Vaccination in Burma 1920-1933 - 1920-1933
Year: 1920
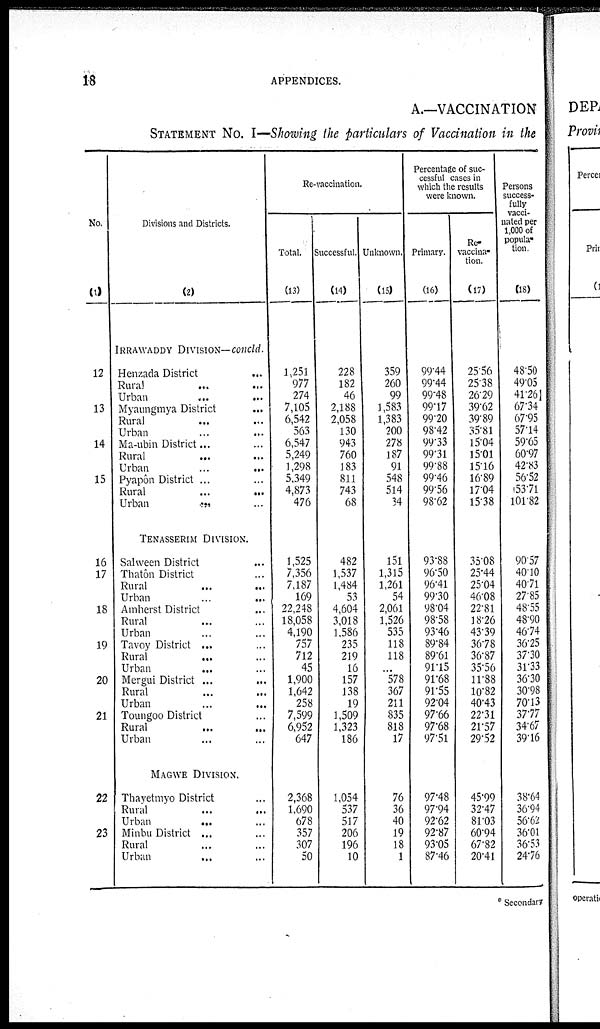
18
APPENDICES.
A.—VACCINATION
STATEMENT No. I—Showing the particulars of Vaccination in the
No.
(1)
12
13
14
15
16
17
18
19
20
21
22
23
Divisions and Districts.
(2)
IRRAWADDY DIVISION— Concld.
Henzada District
...
Rural... ...
Urban... ...
Myaungmya District
...
Rural... ...
Urban...
...
Ma-ubin District ...
Rural... ...
Urban...
...
Pyapôn District ...
Rural... ...
Urban ... ...
TENASSERIM DIVISION.
Salween District ...
Thatôn District ...
Rural... ...
Urban...
...
Amherst District... ...
Rural... ...
Urban... ...
Tavoy District ...
Rural...
...
Urban
...
...
Mergui District ...
...
Rural... ...
Urban...
...
Toungoo District ...
Rural... ...
Urban... ...
MAGWE DIVISION.
Thavetmyo District ...
Rural... ...
Urban ... ...
Minbu District... ... ...
Rural... ...
Urban...
...
Re-vaccination.
Total.
(13)
1,251
977
274
7,105
6,542
563
6,547
5,249
1,298
5,349
4,873
476
1,525
7,356
7,187
169
22,248
18,058
4,190
757
712
45
1,900
1,642
258
7,599
6,952
647
2,368
1,690
678
357
307
50
Successful.
(14)
228
182
46
2,188
2,058
130
943
760
183
811
743
68
482
1,537
1,484
53
4,604
3,018
1,586
235
219
16
157
138
19
1,509
1,323
186
1,054
537
517
206
196
10
Unknown.
(15)
359
260
99
1,583
1,383
200
278
187
91
548
514
34
151
1,315
1,261
54
2,061
1,526
535
118
118
...
578
367
211
835
818
17
76
36
40
19
18
1
Percentage of suc-
cessful cases in
which the results
were known.
Primary.
(16)
99.44
99.44
99.48
99.17
99.20
98.42
99.33
99.31
99.88
99.46
99.56
98.62
93.88
96.50
96.41
99.30
98.04
98.58
93.46
89.84
89.61
91.15
91.68
91.55
92.04
97.66
97.68
97.51
97.48
97.94
92.62
92.87
93.05
87.46
Re-
vaccina-
tion.
(17)
25.56
25.38
26.29
39.62
39.89
35.81
15.04
15.01
15.16
16.89
17.04
15.38
35.08
25.44
25.04
46.08
22.81
18.26
43.39
36.78
36.87
35.56
11.88
10.82
40.43
22.31
21.57
29.52
45.99
32.47
81.03
60.94
67.82
20.41
Persons
success-
fully
vacci-
nated per
1,000 of
popula-
tion.
(18)
48.50
49.05
41.26
67.34
67.95
57.14
59.65
60.97
42.83
56.52
53.71
101.82
90.57
40.10
40.71
27.85
48.55
48.90
46.74
36.25
37.30
31.33
36.30
30.98
70.13
37.77
34.67
39.16
38.64
36.94
56.62
36.01
36.53
24.76
* Secondary